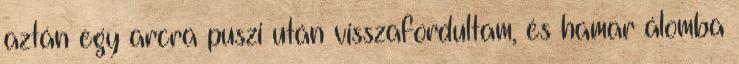
aztán egy arcra puszi után visszafordultam, és hamar álomba